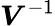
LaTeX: \boldsymbol{V}^{-1}